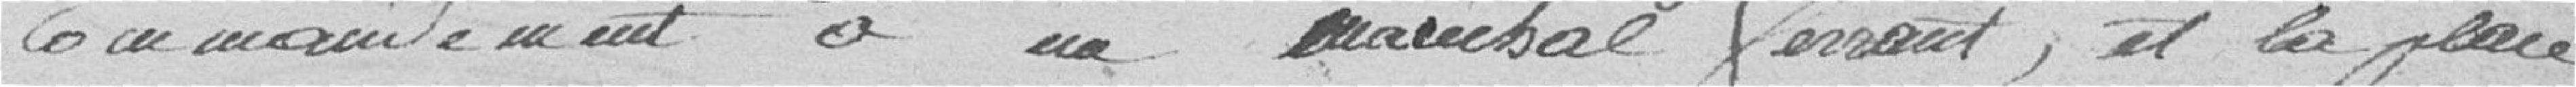
commandement à un maréchal-ferrant, et la place